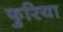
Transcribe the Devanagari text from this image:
फुरिया